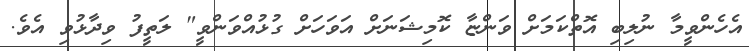
އެހެންވީމާ ނުލިބި އޮތްކަމަށް ވަންޏާ ކޮމިޝަނަށް އަވަހަށް ގުޅުއްވަންވީ" ލަތީފު ވިދާޅުވި އެވެ.